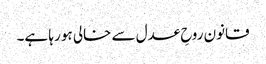
قانون روحِ عدل سے خالی ہو رہا ہے۔